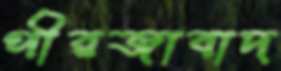
পীরজাবাদ